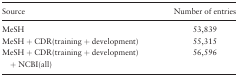
| Source | Number of entries |
 | --- | --- |
 | MeSH | 53,839 |
 | MeSH + CDR(training + development) | 55,315 |
 | MeSH + CDR(training + development) + NCBI(all) | 56,596 |